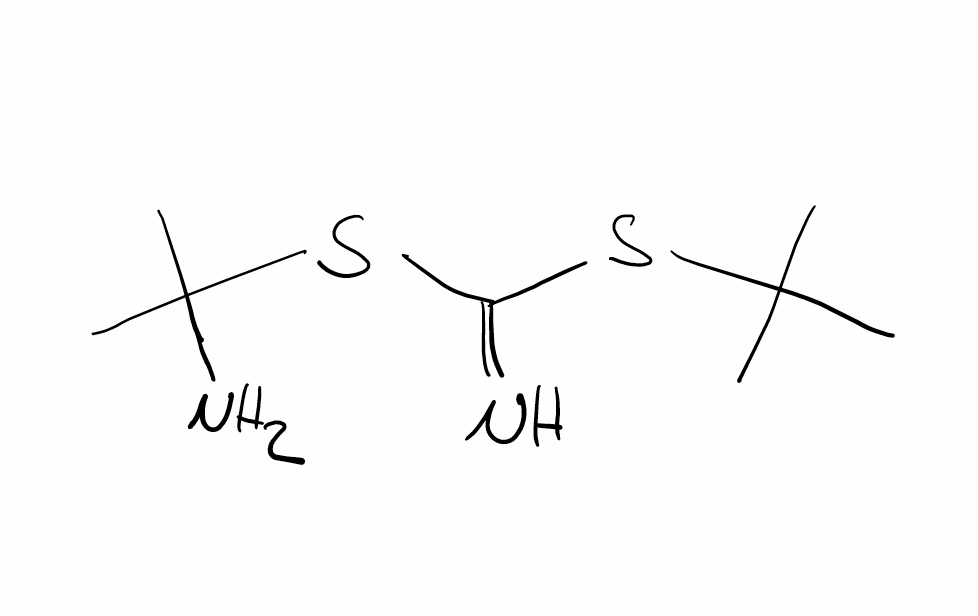
Simplified molecular-input line-entry system (SMILES) notation of the given molecule:
CC(C)(C)SC(=N)SC(C)(C)N